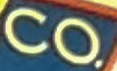
CO